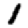
Digit: 1